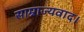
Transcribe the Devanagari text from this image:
साम्राज्यवाद।